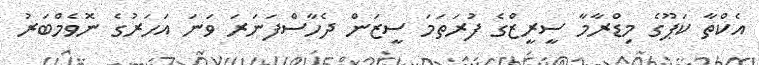
އެކްތާ ކަޕޫގެ މިޑްރާމާ ސީރީޒްގެ ފުރަތަމަ ސީޒަން ދެހާސްފަނަރަ ވަނަ އަހަރުގެ ނޮވެމްބަރު